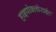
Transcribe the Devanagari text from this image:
हाइपोक्लोराईट